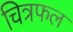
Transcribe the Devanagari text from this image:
चित्रफल